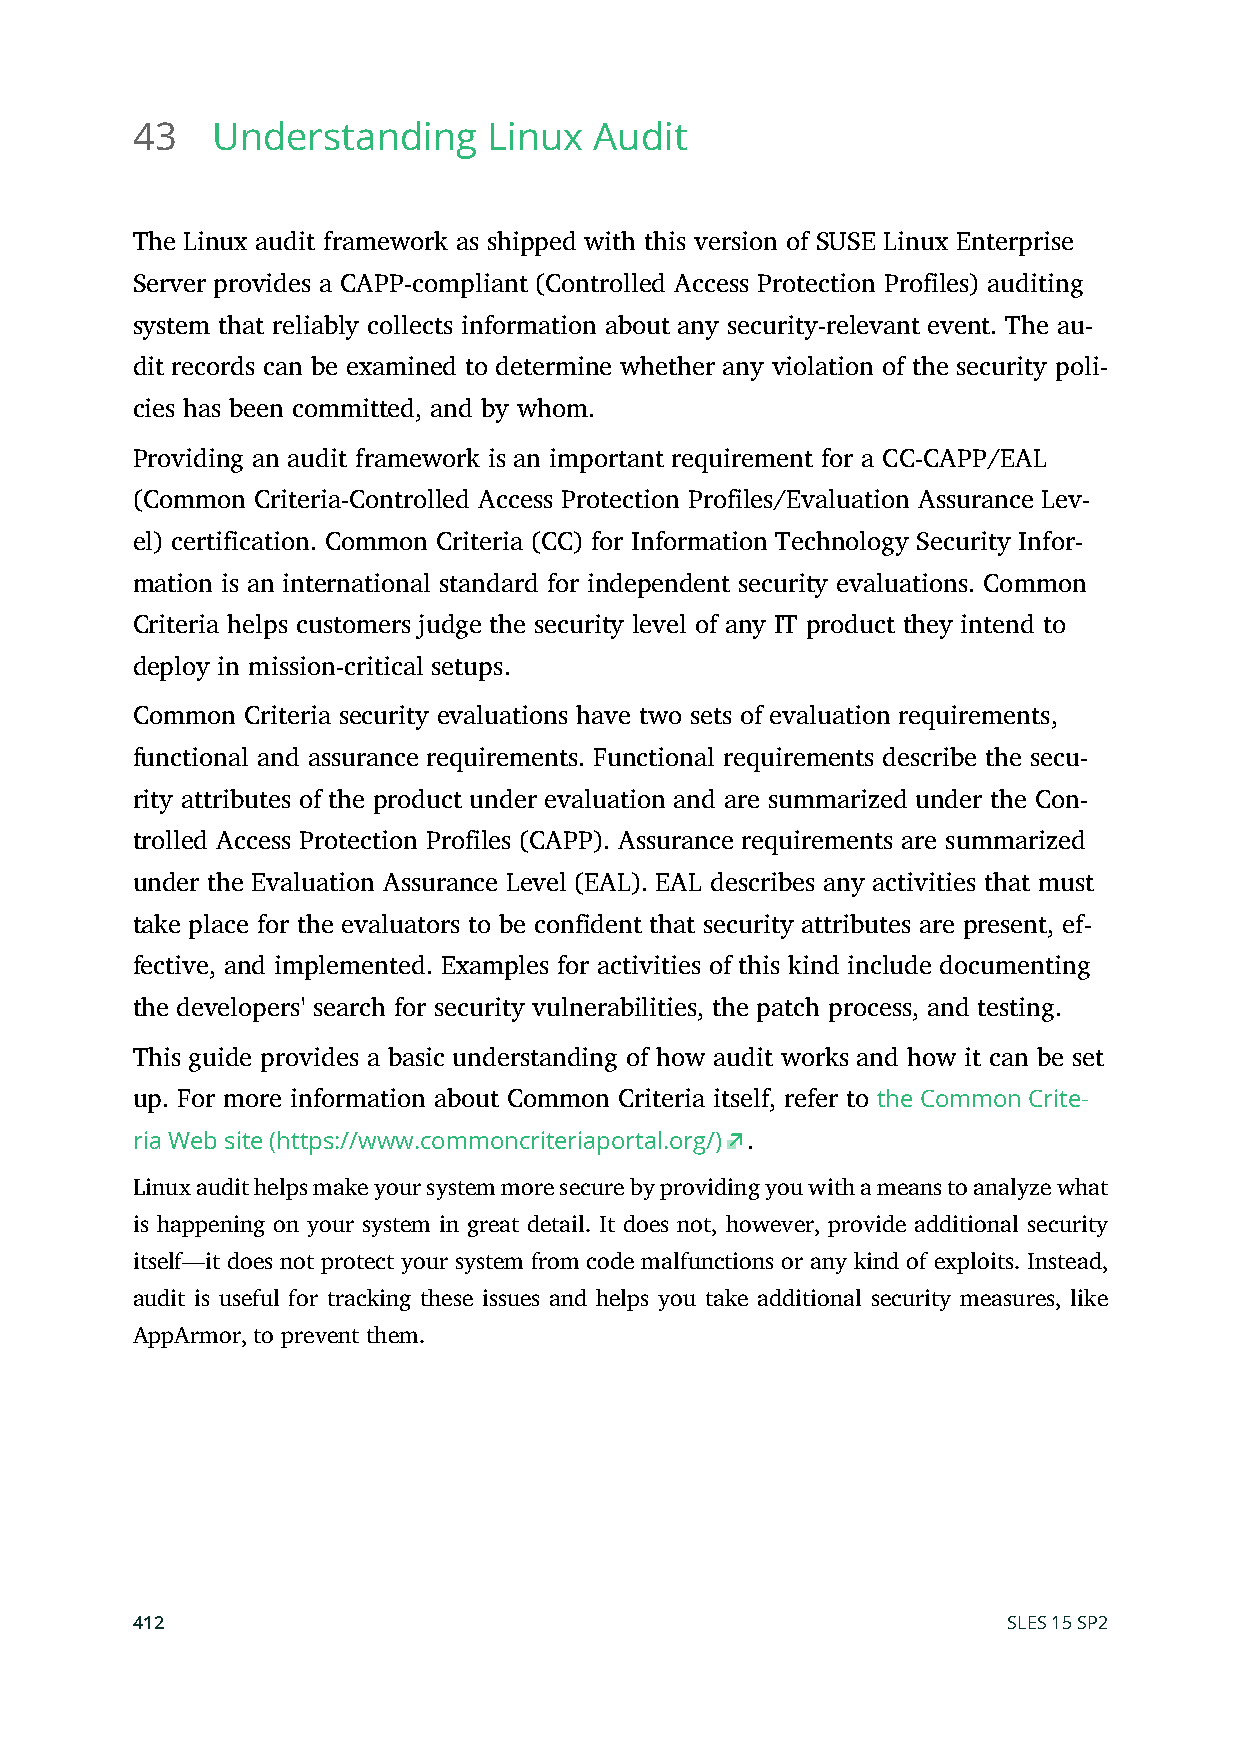
43   Understanding     Linux  Audit
 The Linux audit framework as shipped with this version of SUSE Linux Enterprise
 Server provides a CAPP-compliant (Controlled Access Protection Profiles) auditing
 system that reliably collects information about any security-relevant event. The au-
 dit records can be examined to determine whether any violation of the security poli-
 cies has been committed, and by whom.
 Providing an audit framework is an important requirement for a CC-CAPP/EAL
 (Common Criteria-Controlled Access Protection Profiles/Evaluation Assurance Lev-
 el) certification. Common Criteria (CC) for Information Technology Security Infor-
 mation is an international standard for independent security evaluations. Common
 Criteria helps customers judge the security level of any IT product they intend to
 deploy in mission-critical setups.
 Common Criteria security evaluations have two sets of evaluation requirements,
 functional and assurance requirements. Functional requirements describe the secu-
 rity attributes of the product under evaluation and are summarized under the Con-
 trolled Access Protection Profiles (CAPP). Assurance requirements are summarized
 under the Evaluation Assurance Level (EAL). EAL describes any activities that must
 take place for the evaluators to be confident that security attributes are present, ef-
 fective, and implemented. Examples for activities of this kind include documenting
 the developers' search for security vulnerabilities, the patch process, and testing.
 This guide provides a basic understanding of how audit works and how it can be set
 up. For more information about Common Criteria itself, refer to the Common Crite-
 ria Web site (https://www.commoncriteriaportal.org/) .
 Linux audit helps make your system more secure by providing you with a means to analyze what
 is happening on your system in great detail. It does not, however, provide additional security
 itself—it does not protect your system from code malfunctions or any kind of exploits. Instead,
 audit is useful for tracking these issues and helps you take additional security measures, like
 AppArmor, to prevent them.
 412                                                       SLES 15 SP2